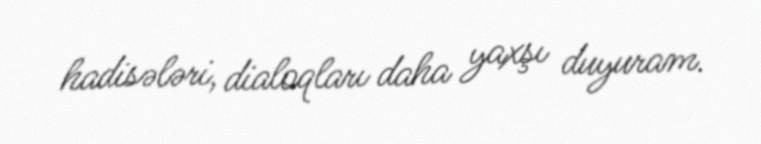
hadisələri, dialoqları daha yaxşı duyuram.